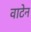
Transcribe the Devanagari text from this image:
वाटेन